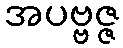
အပဗ္ဗဇ္ဇ